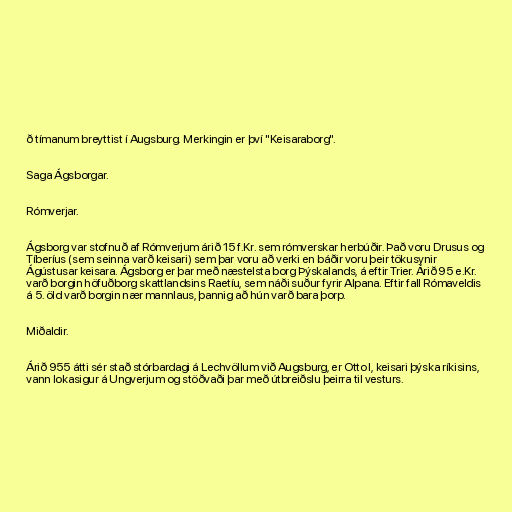
ð tímanum breyttist í Augsburg. Merkingin er því "Keisaraborg".

Saga Ágsborgar.

Rómverjar.

Ágsborg var stofnuð af Rómverjum árið 15 f.Kr. sem rómverskar herbúðir. Það voru Drusus og
Tíberíus (sem seinna varð keisari) sem þar voru að verki en báðir voru þeir tökusynir
Ágústusar keisara. Ágsborg er þar með næstelsta borg Þýskalands, á eftir Trier. Árið 95 e.Kr.
varð borgin höfuðborg skattlandsins Raetíu, sem náði suður fyrir Alpana. Eftir fall Rómaveldis
á 5. öld varð borgin nær mannlaus, þannig að hún varð bara þorp.

Miðaldir.

Árið 955 átti sér stað stórbardagi á Lechvöllum við Augsburg, er Otto I, keisari þýska ríkisins,
vann lokasigur á Ungverjum og stöðvaði þar með útbreiðslu þeirra til vesturs.